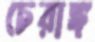
চেরাঙ্গ